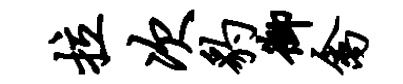
拉次豹御禽